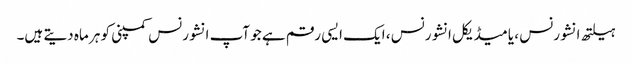
ہیلتھ انشورنس ، یا میڈیکل انشورنس ، ایک ایسی رقم ہے جو آپ انشورنس کمپنی کو ہر ماہ دیتے ہیں۔